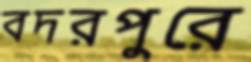
বদরপুরে